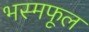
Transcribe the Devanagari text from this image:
भस्मफूल